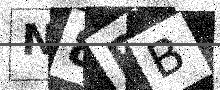
Text: N8PB